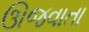
ઊજવાતા